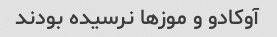
آوکادو و موزها نرسیده بودند